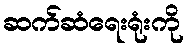
ဆက်ဆံရေးရုံးကို